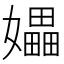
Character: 𪦮